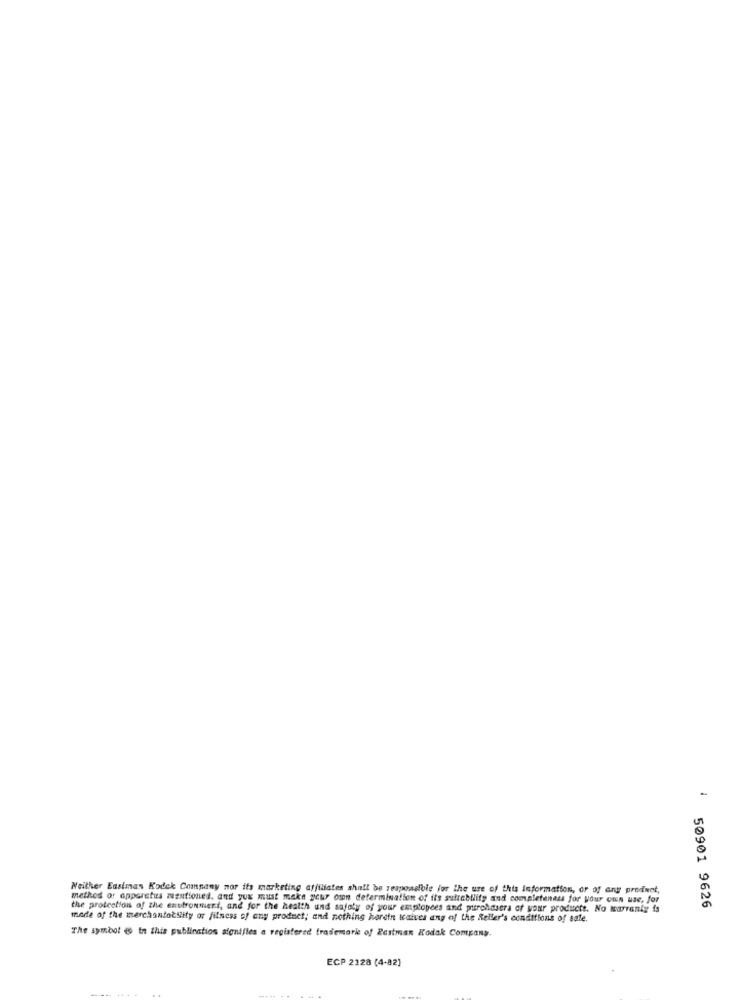
Neither Eastman Kodak Company nor its marketing affiliates shall be responsible for the use of this information, or of any produet,
method of apparatus mentioned. and yux must make your own determination of its suitability and completeness for your own use, for
the protection of the enstronment, and for the health und safety of your employees and purchasera of your products. No warranty is
50901 9626
mode of the merchantocsiity or fitness of any product; and nothing herein Icaives any of the Seller's conditions of sale.
The symbol @ in this publication signifies a registered trademark of Eastman Kodak Company.
ECP 2128 (4-82)